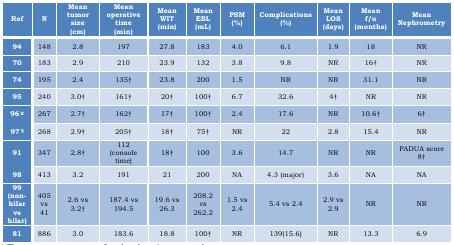
| Ref | N | Mean tumor size (cm) | Mean operative time (min) | Mean WIT (min) | Mean EBL (mL) | PSM (%) | Complications (%) | Mean LOS (days) | Mean f/u (months) | Mean Nephrometry |
 | --- | --- | --- | --- | --- | --- | --- | --- | --- | --- | --- |
 | 94 | 148 | 2.8 | 197 | 27.8 | 183 | 4.0 | 6.1 | 1.9 | 18 | NR |
 | 70 | 183 | 2.9 | 210 | 23.9 | 132 | 3.8 | 9.8 | NR | 16† | NR |
 | 74 | 195 | 2.4 | 135† | 23.8 | 200 | 1.5 | NR | NR | 31.1 | NR |
 | 95 | 240 | 3.0† | 161† | 20† | 100† | 6.7 | 32.6 | 4† | NR | NR |
 | 96 ¥ | 267 | 2.7† | 162† | 17† | 100† | 2.4 | 17.6 | NR | 10.6† | 6† |
 | 97 § | 268 | 2.9† | 205† | 18† | 75† | NR | 22 | 2.8 | 15.4 | NR |
 | 91 | 347 | 2.8† | 112 (console time) | 18† | 100 | 3.6 | 14.7 | NR | NR | PADUA score 8† |
 | 98 | 413 | 3.2 | 191 | 21 | 200 | NA | 4.3 (major) | 3.6 | NA | NA |
 | 99(non-hilarvs hilar) | 405 vs 41 | 2.6 vs 3.2† | 187.4 vs 194.5 | 19.6 vs 26.3 | 208.2 vs 262.2 | 1.5 vs 2.4 | 5.4 vs 2.4 | 2.9 vs 2.9 | NR | NR |
 | 81 | 886 | 3.0 | 183.6 | 18.8 | 100† | NR | 139(15.6) | NR | 13.3 | 6.9 |